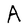
Character: A